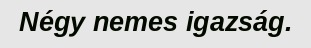
Négy nemes igazság.